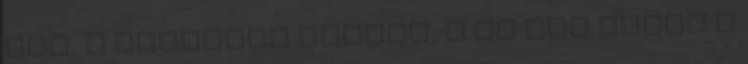
lét, e céltalan magány, s át nem lépek a